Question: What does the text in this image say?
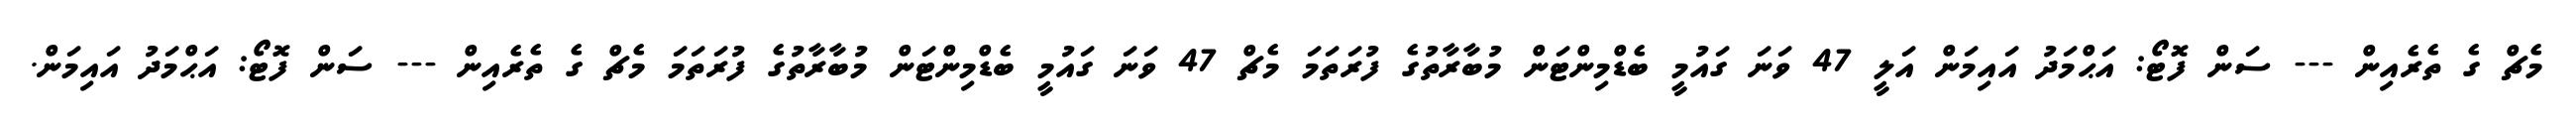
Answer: މެޗް ގެ ތެރެއިން --- ސަން ފޮޓޯ: އަޙްމަދު އައިމަން އަލީ 47 ވަނަ ގައުމީ ބެޑްމިންޓަން މުބާރާތުގެ ފުރަތަމަ މެޗް 47 ވަނަ ގައުމީ ބެޑްމިންޓަން މުބާރާތުގެ ފުރަތަމަ މެޗް ގެ ތެރެއިން --- ސަން ފޮޓޯ: އަޙްމަދު އައިމަން.